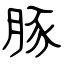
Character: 豚